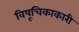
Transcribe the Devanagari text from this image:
विषूचिकाकारी